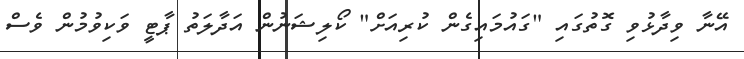
އޭނާ ވިދާޅުވި ގޮތުގައި "ގައުމައިގެން ކުރިއަށް" ކޯލިޝަނުން އަދާލަތު ޕާޓީ ވަކިވުމުން ވެސް